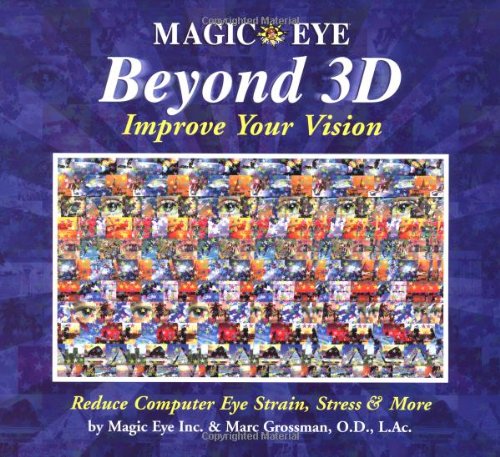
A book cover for Magic Eye Beyond 3D: Improve Your Vision; Magic Eye Inc.; Humor & Entertainment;